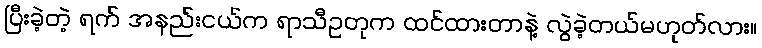
ပြီးခဲ့တဲ့ ရက် အနည်းငယ်က ရာသီဥတုက ထင်ထားတာနဲ့ လွဲခဲ့တယ်မဟုတ်လား။